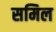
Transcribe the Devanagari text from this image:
समिल